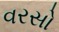
વરસો